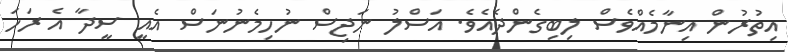
އިތުރުން އިނާމެއްވެސް ލިބިގެންދެއެވެ. އަސްލު ނަޖިސް ނުހިމެނުނަސް އެއީ ސީދާ އެ ރަހަ